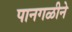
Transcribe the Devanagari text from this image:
पानगळीने